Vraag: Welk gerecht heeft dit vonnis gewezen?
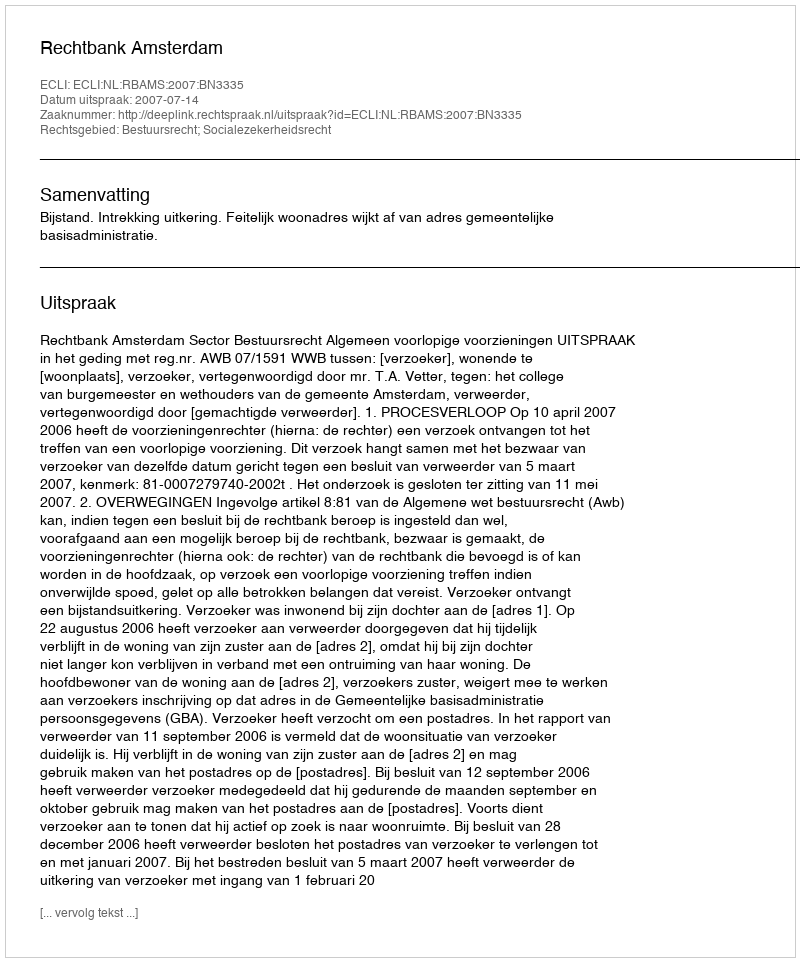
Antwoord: Rechtbank Amsterdam